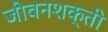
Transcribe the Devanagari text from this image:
जीवनशक्ती